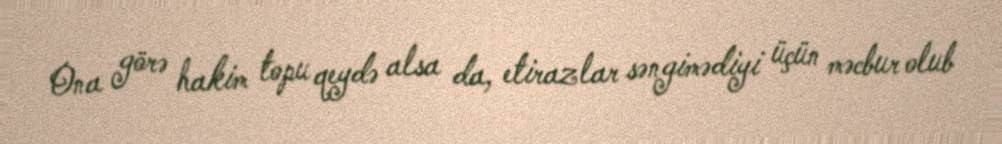
Ona görə hakim topu qeydə alsa da, etirazlar səngimədiyi üçün məcbur olub